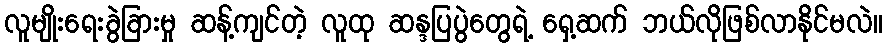
လူမျိုးရေးခွဲခြားမှု ဆန့်ကျင်တဲ့ လူထု ဆန္ဒပြပွဲတွေရဲ့ ရှေ့ဆက် ဘယ်လိုဖြစ်လာနိုင်မလဲ။